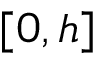
[ 0 , h ]